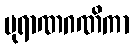
ပုရာဏဂဏိကာ